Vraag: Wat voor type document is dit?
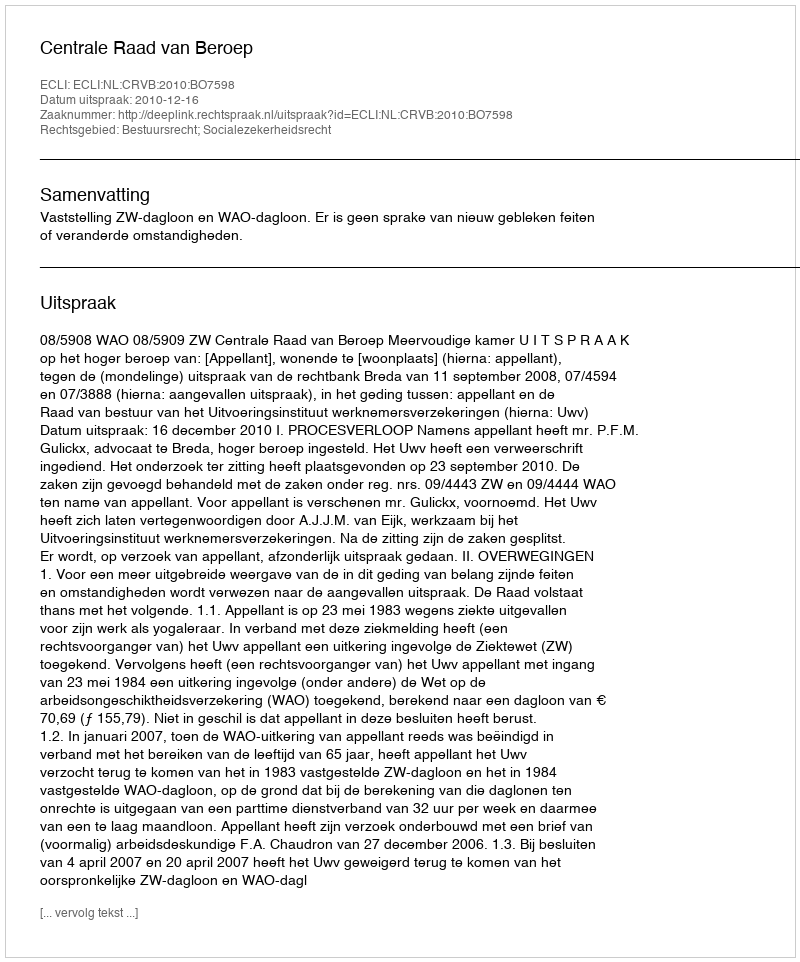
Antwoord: Uitspraak